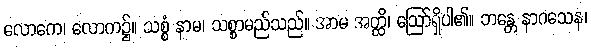
လောကေ၊ လောက၌။ သစ္စံ နာမ၊ သစ္စာမည်သည်။ အာမ အတ္ထိ၊ ဩော်ရှိပါ၏။ ဘန္တေ နာဂသေန၊